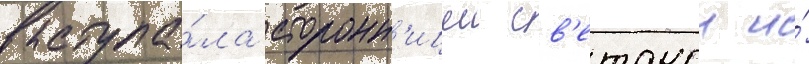
выступа́ла сторонн'ицеи св'етскои и́